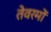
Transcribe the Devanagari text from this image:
तेवरमों